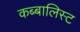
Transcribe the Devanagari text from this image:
कब्बालिस्ट